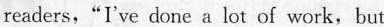
readers, “I've done a lot of work,but